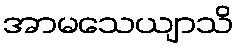
အာမသေယျာသိ